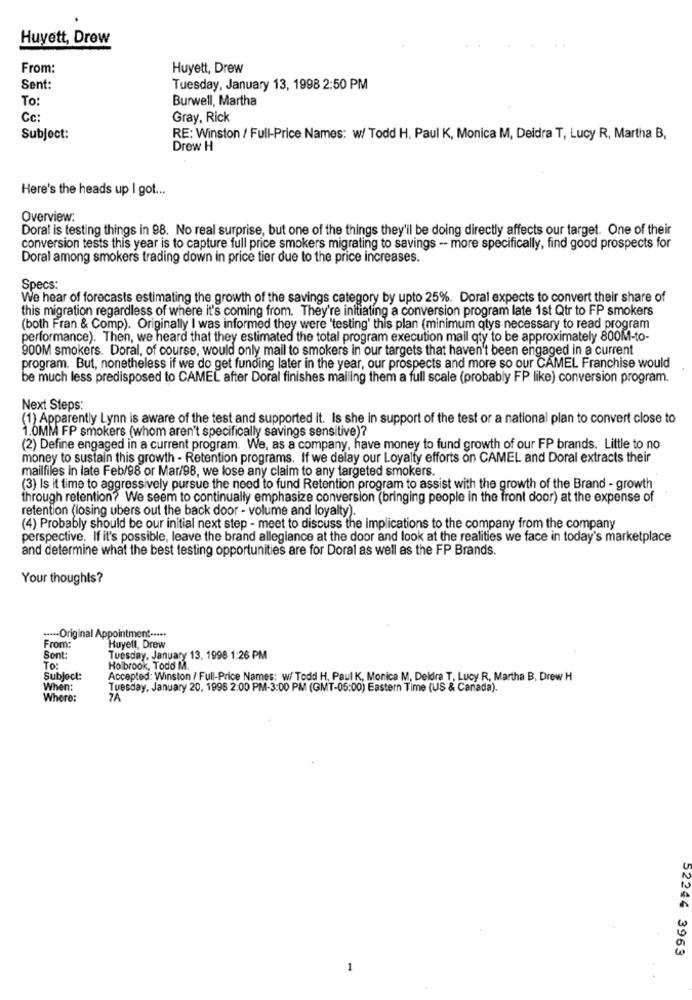
Huyett, Drew
From:
Huyett, Drew
Sent:
Tuesday, January 13, 1998 2:50 PM
To:
Burwell, Martha
Cc:
Gray, Rick
Subject:
RE: Winston / Full-Price Names: w/ Todd H. Paul K, Monica M, Deidra T, Lucy R, Martha B,
Drew H
Here's the heads up I got ...
Overview:
Doral is testing things in 98. No real surprise, but one of the things they'll be doing directly affects our target. One of their
conversion tests this year is to capture full price smokers migrating to savings -- more specifically, find good prospects for
Doral among smokers trading down in price tier due to the price increases.
Specs:
We hear of forecasts estimating the growth of the savings category by upto 25%. Doral expects to convert their share of
this migration regardless of where it's coming from. They're initiating a conversion program late 1st Qtr to FP smokers
(both Fran & Comp). Originally I was informed they were 'testing' this plan (minimum qtys necessary to read program
performance). Then, we heard that they estimated the total program execution mail qty to be approximately 800M-to-
900M smokers. Doral, of course, would only mail to smokers in our targets that haven't been engaged in a current
program. But, nonetheless if we do get funding later in the year, our prospects and more so our CAMEL Franchise would
be much less predisposed to CAMEL after Doral finishes mailing them a full scale (probably FP like) conversion program.
Next Steps:
(1) Apparently Lynn is aware of the test and supported it. Is she in support of the test or a national plan to convert close to
1.0MM FP smokers (whom aren't specifically savings sensitive)?
(2) Define engaged in a current program. We, as a company, have money to fund growth of our FP brands. Little to no
money to sustain this growth - Retention programs. If we delay our Loyalty efforts on CAMEL and Doral extracts their
mailfiles in late Feb/98 or Mar/98, we lose any claim to any targeted smokers.
(3) Is it time to aggressively pursue the need to fund Retention program to assist with the growth of the Brand - growth
through retention? We seem to continually emphasize conversion (bringing people in the front door) at the expense of
retention (losing ubers out the back door - volume and loyalty).
(4) Probably should be our initial next step - meet to discuss the implications to the company from the company
perspective. If it's possible, leave the brand allegiance at the door and look at the realities we face in today's marketplace
and determine what the best testing opportunities are for Doral as well as the FP Brands.
Your thoughts?
---- Original Appointment -****
From:
Huyett, Drew
Sont:
Tuesday, January 13, 1998 1:26 PM
To:
Holbrook, Todo M.
Subject:
Accepted: Winston / Full-Price Names: w/ Todd H, Paul K, Monica M. Deldra T, Lucy R, Martha B. Drew H
When:
Tuesday, January 20. 1998 2:00 PM-3:00 PM (GMT-05:00) Eastern Time (US & Canada).
Where:
7A
52244 3963
-